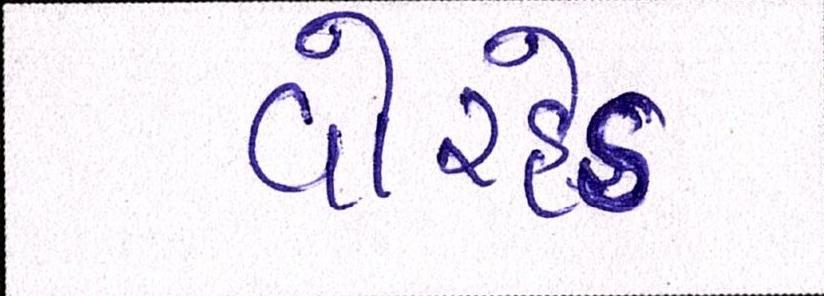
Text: વોરહેડ